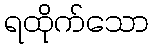
ရထိုက်သော